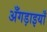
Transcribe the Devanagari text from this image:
अँगड़ाइयाँ